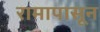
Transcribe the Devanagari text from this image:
रामापासून